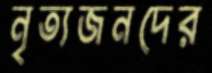
নৃত্যজনদের